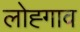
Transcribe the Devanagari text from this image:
लोह्गाव